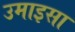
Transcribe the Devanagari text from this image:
उमाइसा